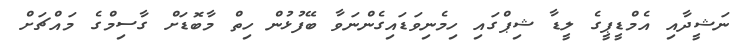
ނަޝީދާއި އެމްޑީޕީގެ ލީޑާ ޝިޕްގައި ހިމެނިވަޑައިގެންނަވާ ބޭފުޅުން ހިތް މާބޮޑަށް ގާސިމްގެ މައްޗަށް